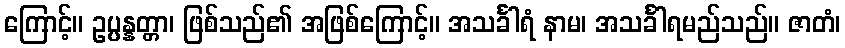
ကြောင့်။ ဥပ္ပန္နတ္တာ၊ ဖြစ်သည်၏ အဖြစ်ကြောင့်။ အသင်္ခါရံ နာမ၊ အသင်္ခါရမည်သည်။ ဇာတံ၊